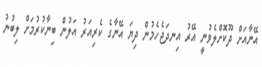
އޭނާއަށް ދޫކޮށްލެވުނީ އޭރު އިނދަޖެހެމުން ދިޔަ އޭނާގެ ކެރިއަރު އަލުން ބިނާކުރުމަށް ލިބުނު